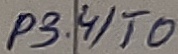
Text: P3.4/T0